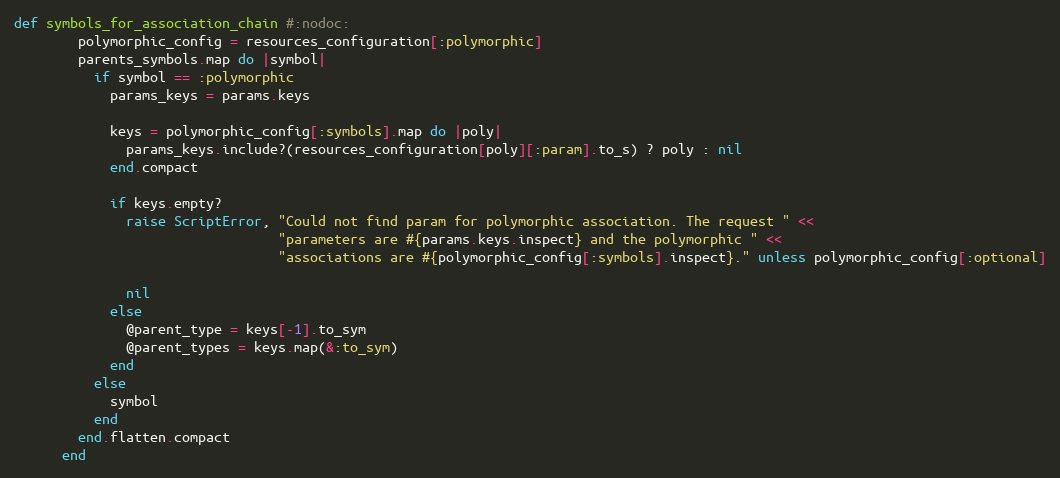
Language: Ruby
def symbols_for_association_chain #:nodoc:
        polymorphic_config = resources_configuration[:polymorphic]
        parents_symbols.map do |symbol|
          if symbol == :polymorphic
            params_keys = params.keys

            keys = polymorphic_config[:symbols].map do |poly|
              params_keys.include?(resources_configuration[poly][:param].to_s) ? poly : nil
            end.compact

            if keys.empty?
              raise ScriptError, "Could not find param for polymorphic association. The request " <<
                                 "parameters are #{params.keys.inspect} and the polymorphic " <<
                                 "associations are #{polymorphic_config[:symbols].inspect}." unless polymorphic_config[:optional]

              nil
            else
              @parent_type = keys[-1].to_sym
              @parent_types = keys.map(&:to_sym)
            end
          else
            symbol
          end
        end.flatten.compact
      end